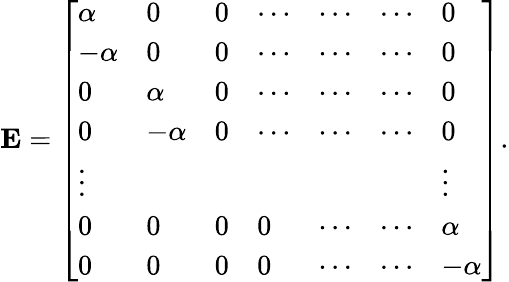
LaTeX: \mathbf{E}={\left[\begin{array}{lllllll}{\alpha}&{0}&{0}&{\cdots}&{\cdots}&{\cdots}&{0}\\ {{-\alpha}}&{0}&{0}&{\cdots}&{\cdots}&{\cdots}&{0}\\ {0}&{\alpha}&{0}&{\cdots}&{\cdots}&{\cdots}&{0}\\ {0}&{{-\alpha}}&{0}&{\cdots}&{\cdots}&{\cdots}&{0}\\ {\vdots}&{}&{}&{}&{}&{}&{\vdots}\\ {0}&{0}&{0}&{0}&{\cdots}&{\cdots}&{\alpha}\\ {0}&{0}&{0}&{0}&{\cdots}&{\cdots}&{{-\alpha}}\end{array}\right]}.